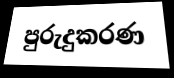
පුරුදුකරණ